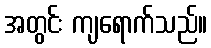
အတွင်း ကျရောက်သည်။